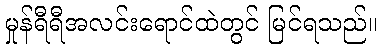
မှုန်ရီရီအလင်းရောင်ထဲတွင် မြင်ရသည်။